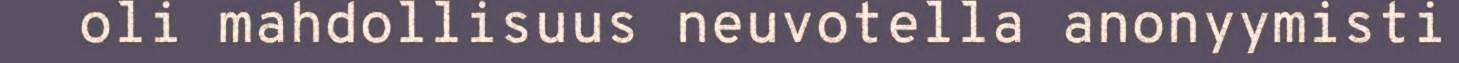
oli mahdollisuus neuvotella anonyymisti